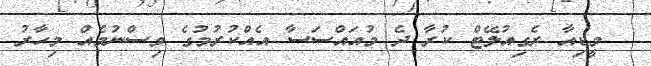
މީޑިއާ ރެގިއުލޭޓް ކުރާ ދެ މުއައްސަސާ އެއްކުރުމުގެ ވިސްނުމެއް މިހާރު